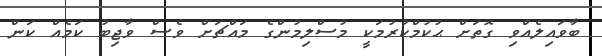
ބާވައިލެއްވި ގޮތަށް ޙުކުމްކުރުމަކީ މުސްލިމުންގެ މައްޗަށް ވެސް ވާޖިބު ކަމެއް ކަން